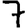
Digit: 7